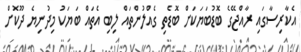
އެކާރިސާގައި ރާއްޖޭގެ ބޮޑުބަޔަކަށް ބޮޑެތި ގެއްލުންތައް ލިބި އެތައް ބަޔަކު މިދުނިޔެ ދޫކޮށް